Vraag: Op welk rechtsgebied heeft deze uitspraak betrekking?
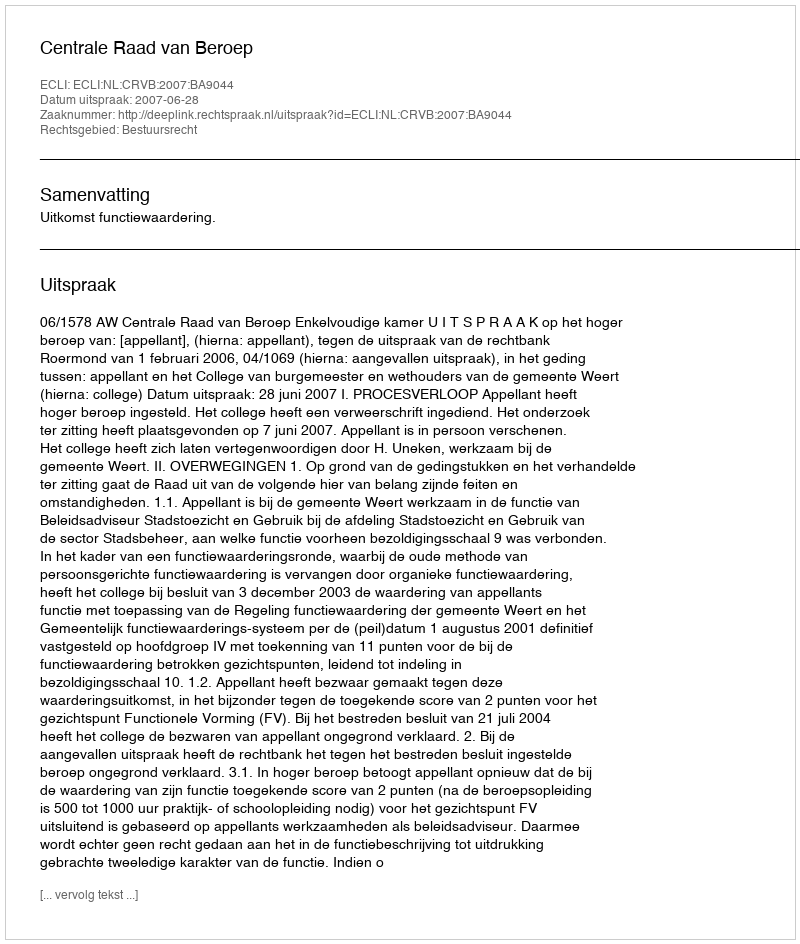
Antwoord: Bestuursrecht